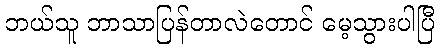
ဘယ်သူ ဘာသာပြန်တာလဲတောင် မေ့သွားပါပြီ